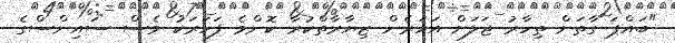
"ބައްޕަ ގާތަށް ތިހާރު ޖަލަށް އަހަރެން ޒިޔާރާތްކުރާ ކޮންމެ ފަހަރަކު ވެސް ސައިންސްގެ